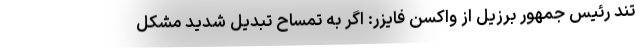
تند رئیس جمهور برزیل از واکسن فایزر: اگر به تمساح تبدیل شدید مشکل